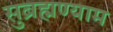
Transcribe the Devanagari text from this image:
सुब्रह्मण्याम